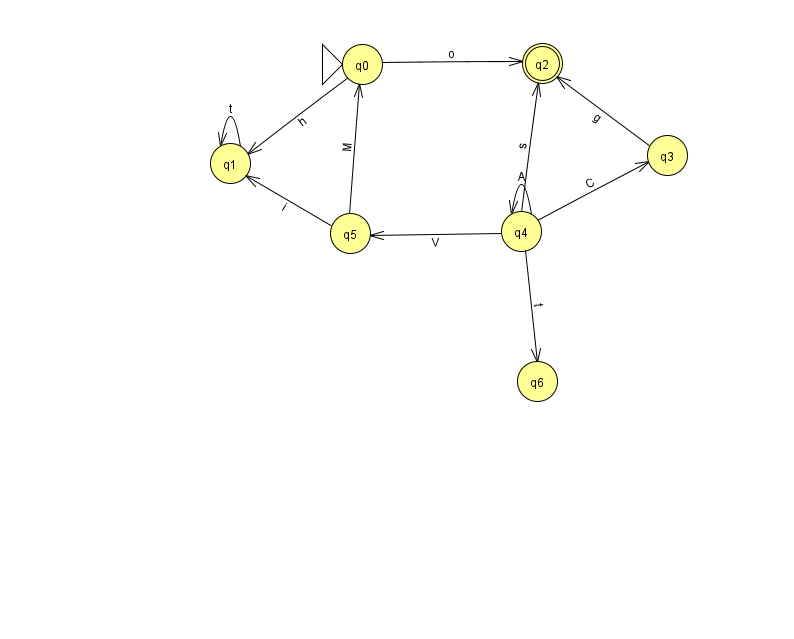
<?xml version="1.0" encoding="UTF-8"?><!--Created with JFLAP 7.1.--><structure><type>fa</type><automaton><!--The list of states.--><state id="0" name="q0"><x>362.0</x><y>51.0</y><initial/></state><state id="1" name="q1"><x>230.0</x><y>150.0</y></state><state id="2" name="q2"><x>542.0</x><y>50.0</y><final/></state><state id="3" name="q3"><x>667.0</x><y>142.0</y></state><state id="4" name="q4"><x>521.0</x><y>218.0</y></state><state id="5" name="q5"><x>350.0</x><y>220.0</y></state><state id="6" name="q6"><x>537.0</x><y>368.0</y></state><!--The list of transitions.--><transition><from>4</from><to>4</to><read>A</read></transition><transition><from>0</from><to>2</to><read>o</read></transition><transition><from>4</from><to>6</to><read>t</read></transition><transition><from>1</from><to>1</to><read>t</read></transition><transition><from>4</from><to>3</to><read>C</read></transition><transition><from>4</from><to>2</to><read>s</read></transition><transition><from>3</from><to>2</to><read>g</read></transition><transition><from>4</from><to>5</to><read>V</read></transition><transition><from>0</from><to>1</to><read>h</read></transition><transition><from>5</from><to>0</to><read>M</read></transition><transition><from>5</from><to>1</to><read>i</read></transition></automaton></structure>